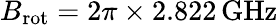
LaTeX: B_{\mathrm{rot}}=2\pi\times 2.822\, \mathrm{GHz}